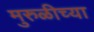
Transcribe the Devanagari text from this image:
मुरुळीच्या